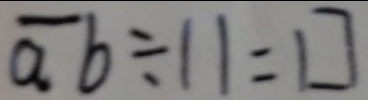
\overline { a } b \div 1 1 = \square